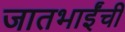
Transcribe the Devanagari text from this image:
जातभाईंची